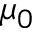
\mu _ { 0 }